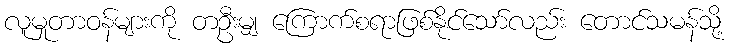
လူမှုတာဝန်များကို တဦးမျှ ကြောက်စရာဖြစ်နိုင်သော်လည်း တောင်သမန်သို့